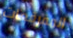
المفرقعات